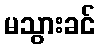
မသွားခင်